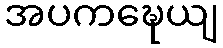
အပကဍ္ဎေယျ